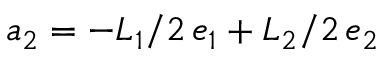
\boldsymbol a _ { 2 } = - L _ { 1 } / 2 \, \boldsymbol e _ { 1 } + L _ { 2 } / 2 \, \boldsymbol e _ { 2 }